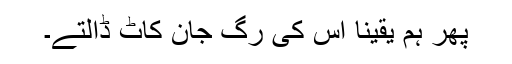
پھر ہم یقینا اس کی رگ جان کاٹ ڈالتے۔